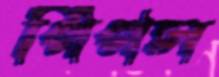
পিপস